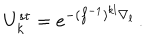
LaTeX: U _ { k } ^ { s t } = e ^ { - ( f ^ { - 1 } ) ^ { k l } \nabla _ { l } } \, .